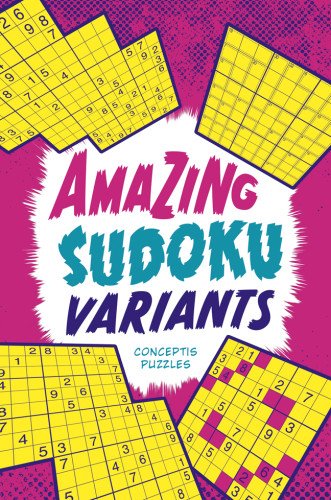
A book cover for Amazing Sudoku Variants; Conceptis Puzzles; Humor & Entertainment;